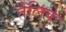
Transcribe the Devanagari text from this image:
तेलिके